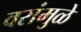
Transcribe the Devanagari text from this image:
वरांमुळे